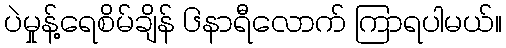
ပဲမှုန့်ရေစိမ်ချိန် ၆နာရီလောက် ကြာရပါမယ်။